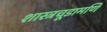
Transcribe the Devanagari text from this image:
शास्त्रचूडामणि